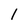
Character: 1